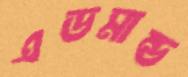
এডমান্ড